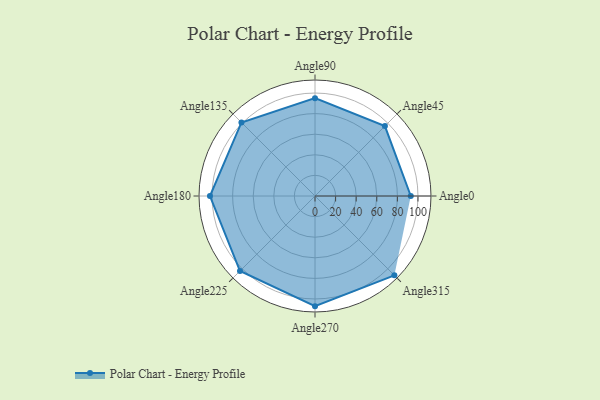
{"axis": {"x": "Angle", "y": "Radius"}, "legend": [""], "data": [{"x": "Angle0", "y": 93.0, "type": ""}, {"x": "Angle45", "y": 96.0, "type": ""}, {"x": "Angle90", "y": 95.0, "type": ""}, {"x": "Angle135", "y": 101.0, "type": ""}, {"x": "Angle180", "y": 102.0, "type": ""}, {"x": "Angle225", "y": 103.0, "type": ""}, {"x": "Angle270", "y": 107.0, "type": ""}, {"x": "Angle315", "y": 109.0, "type": ""}]}